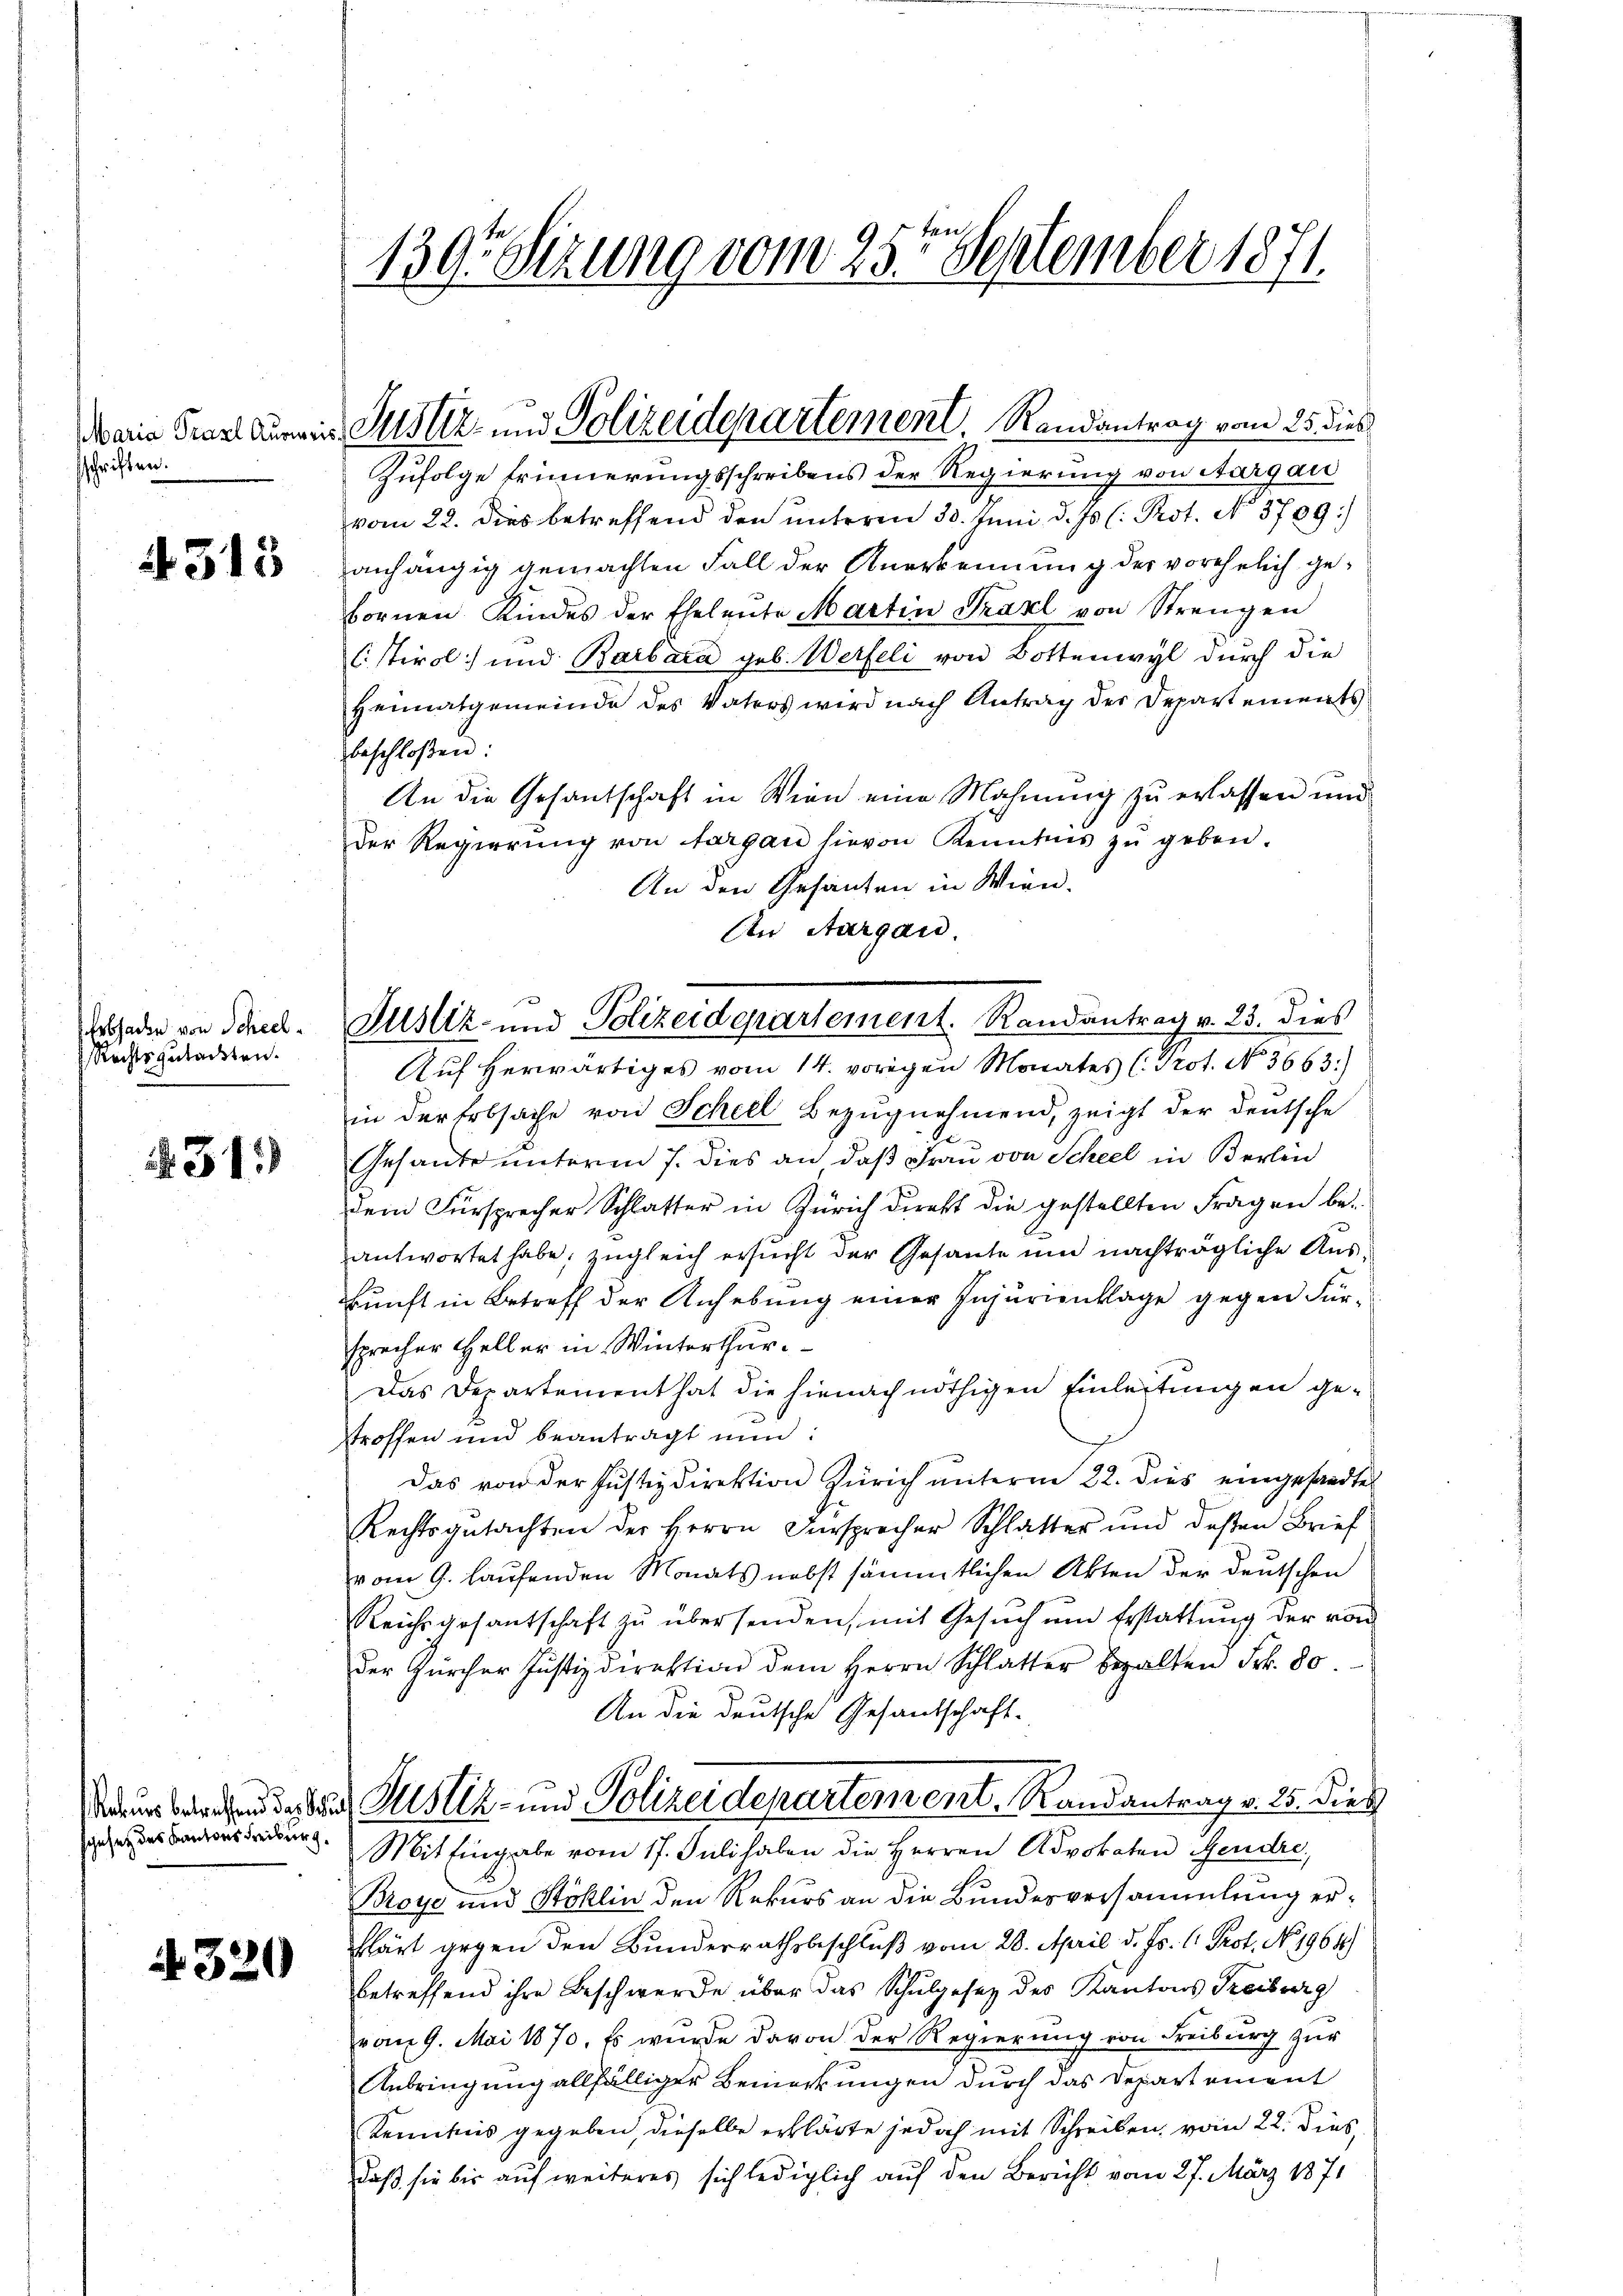
schriften.

4315

Erbhacke von Scheel¬
Rechtsgutachten.

349)

sgesetz des Kantons Freiburg.

320

139. Sizung vom 25ten September 1871.

Zufolge Erinnerungsschreibens der Regierung von Aargau
vom 22. dies betreffend den unterm 30. Juni d. Js. (: Prot. No 3789.)
anhängig gemachten Fall der Anerkennung der vorehelich gebornen Kindes der Eheleute Martin Traxl von Strengen
C stirol und Barbara geb. Werfeli von Bottenwyl durch die
Heimatgemeinde des Vaters wird nach Antrag der Departements
beschloßen:
An die Gesantschaft in Wien eine Mahnung zu erlassen und
der Regierŭng von Aargau hievon Kenntnis zŭ geben.
An den Gesanten in Wien.
An Aargau.
Auf herwärtiges vom 14. vorigen Monates (Prot. No 3663.)
in der Erbsache von Scheel Bezŭgnehmend, zeigt der deutsche
de
Gesandte unterm 7. dies an daß Frau von Scheel in Berlin
dem Fürsprecher Schlafter in Zürich direkt die gestellten Fragen beantwortet habe; zugleich ersucht der Gesante und nachträgliche Auskunft in Betreff der Anhebung einer Injurienklage gegen Fürsprecher Heller in Winterthur.
Das Departement hat die hienach nöthigen Einleitungen ge-
stroffen und beantragt nun:
Das von der Justizdirektion Zürich unterm 22. dies eingesandte
Rechtsgutachten der Herrn Fürsprecher Schlatter und deßen Brief
vom 9. laufenden Monats nebst sämmtlichen Akten der deutschen
Reichsgesantschaft zu übersenden, mit Gesuch um Erstattung der von
der Zürcher Justizdirektion dem Herrn Schlatter bezalten Frk. 80.
An die deutsche Gesandschaft-
 rend der Justiz- und Polizeidepartement. Randantrag v. 25. dies
Mit Eingabe vom 17. Juli haben die Herren Advokaten Gendre
Broye und Stoklin den Rekurs an die Bundesversammlung erklärt gegen den Bunderrathsbeschluß vom 28. April d. Js. l. Prot. No. 1964)
betreffend ihre Beschwerde über das Schulgesetz des Kantons Treiburg
vom 9. Mai 1870. Es wurde davon der Regierŭng von Freiburg zŭr
Anbringung allfälliger Bemerkungen durch das Departement
Kenntnis gegeben, dieselbe erklärte jedoch mit Schreiben, vom 22. Dies
daß sie bis auf weiteres sich lediglich auf den Bericht vom 27. März 1871

Mais Frankurren Pustiz- und Polizeiderartement. Randantrag vom 25. dies

Justiz- und Polizeidepartement. Randantrag v. 23. dies